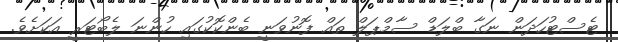
ޓެސްޓުހަދަން ނަގާ ބްލަޑް ސާމްޕަލް ތައް ފޮނުވަނީ ބެންކޮކުގައި ހުންނަ ލެބޯޓަރީ އަކަށެވެ.